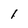
Character: I